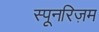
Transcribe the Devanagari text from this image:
स्पूनरिज़म